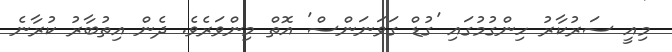
މިއީ ސަރުކާރު ހިންގުމުގައި 'ގުޑް ގަވަނަންސް' އޮތް މިންވަރެވެ. ދެން އިތުބާރު ކުރާނެ